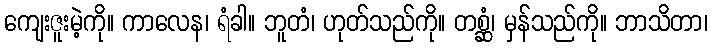
ကျေးဇူးမဲ့ကို။ ကာလေန၊ ရံခါ။ ဘူတံ၊ ဟုတ်သည်ကို။ တစ္ဆံ၊ မှန်သည်ကို။ ဘာသိတာ၊